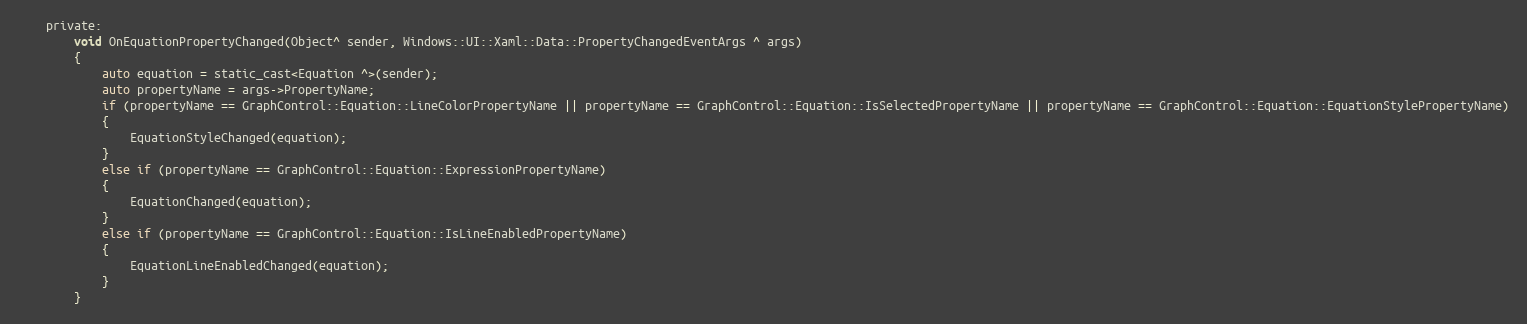
Language: C
    private:
        void OnEquationPropertyChanged(Object^ sender, Windows::UI::Xaml::Data::PropertyChangedEventArgs ^ args)
        {
            auto equation = static_cast<Equation ^>(sender);
            auto propertyName = args->PropertyName;
            if (propertyName == GraphControl::Equation::LineColorPropertyName || propertyName == GraphControl::Equation::IsSelectedPropertyName || propertyName == GraphControl::Equation::EquationStylePropertyName)
            {
                EquationStyleChanged(equation);
            }
            else if (propertyName == GraphControl::Equation::ExpressionPropertyName)
            {
                EquationChanged(equation);
            }
            else if (propertyName == GraphControl::Equation::IsLineEnabledPropertyName)
            {
                EquationLineEnabledChanged(equation);
            }
        }